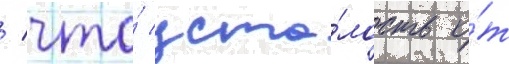
/ что́ уста́лость о́т